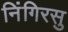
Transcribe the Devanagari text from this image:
निंगिरसु